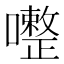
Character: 𱕠